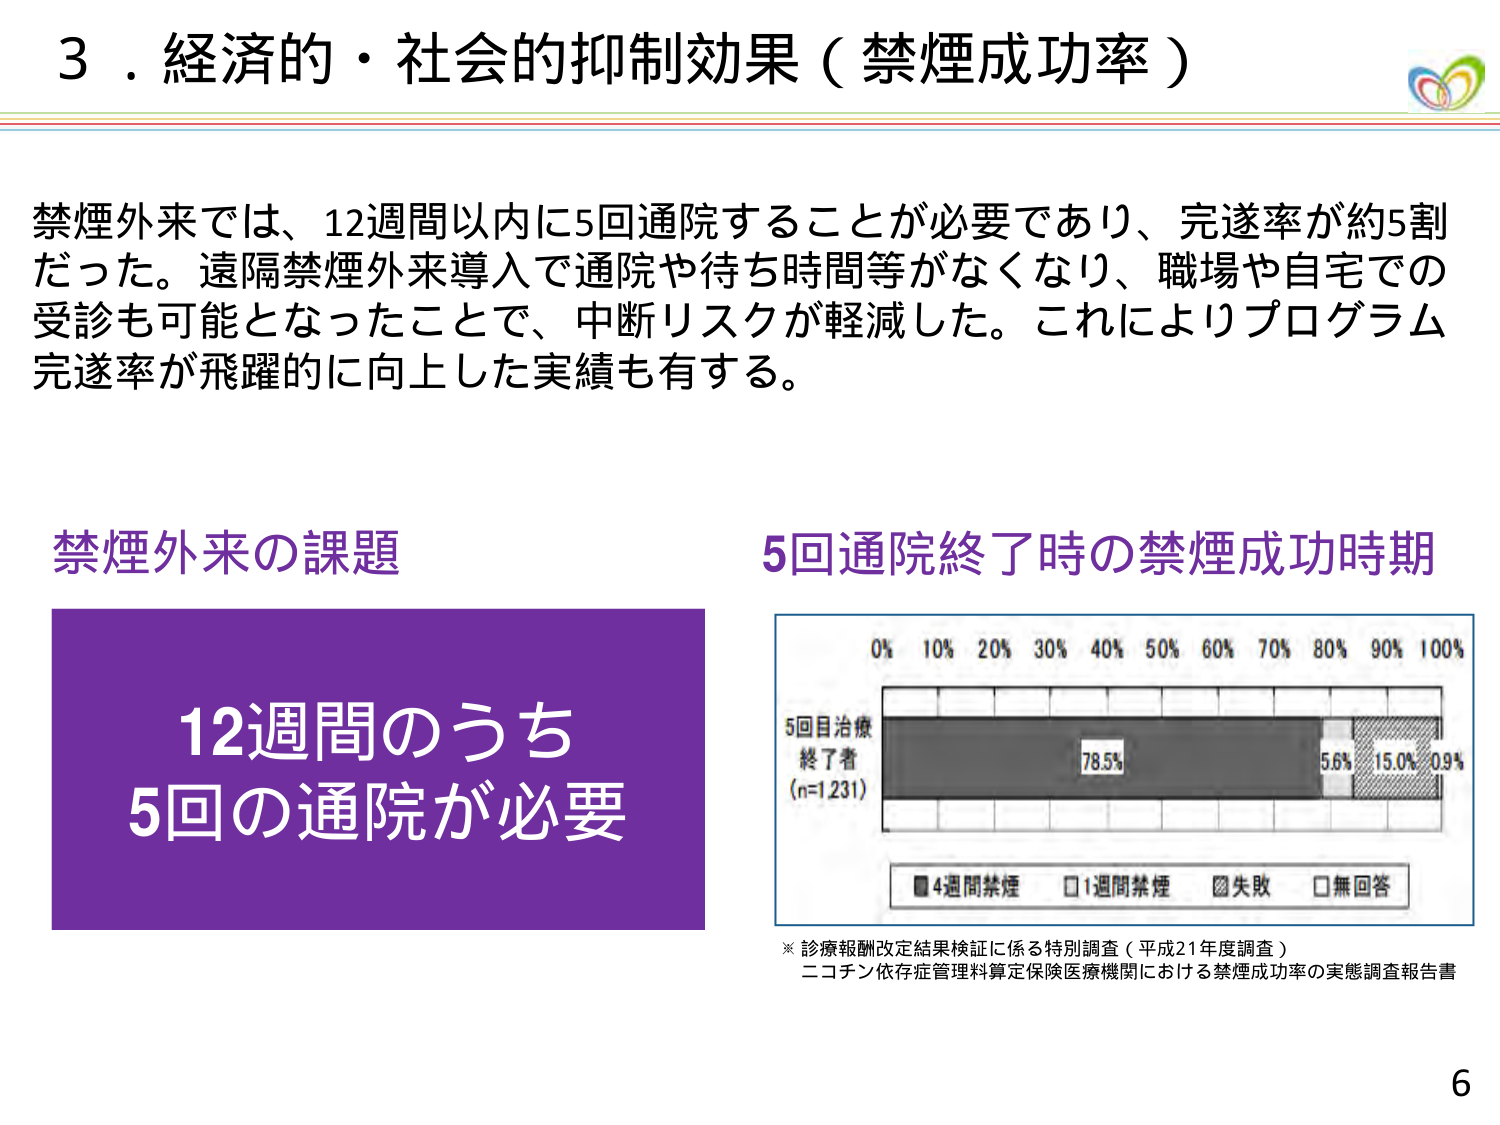
3．経済的・社会的抑制効果（禁煙成功率）

禁煙外来では、12週間以内に5回通院することが必要であり、完遂率が約5割だった。遠隔禁煙外来導入で通院や待ち時間等がなくなり、職場や自宅での受診も可能となったことで、中断リスクが軽減した。これによりプログラム完遂率が飛躍的に向上した実績も有する。

禁煙外来の課題
12週間のうち
5回の通院が必要

5回通院終了時の禁煙成功時期
0% 10% 20% 30% 40% 50% 60% 70% 80% 90% 100%
5回目治療
終了者
(n=1231)
78.5% 5.6% 15.0% 0.9%
■4週間禁煙 □1週間禁煙 ■失敗 □無回答

※診療報酬改定結果検証に係る特別調査（平成21年度調査）
ニコチン依存症管理料算定保険医療機関における禁煙成功率の実態調査報告書

6